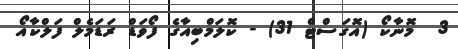
3  މޮނާކޯ (އޮގަސްޓް 31) - ކޮލަމްބިއާގެ ފޯވަޑް ރަޑަމެލް ފަލްކާއޯ